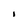
Character: 1